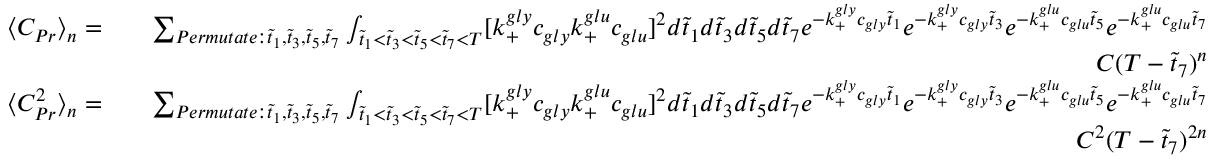
\begin{array} { r l r } { \langle C _ { P r } \rangle _ { n } = } & { } & { \sum _ { P e r m u t a t e : \tilde { t } _ { 1 } , \tilde { t } _ { 3 } , \tilde { t } _ { 5 } , \tilde { t } _ { 7 } } \int _ { \tilde { t } _ { 1 } < \tilde { t } _ { 3 } < \tilde { t } _ { 5 } < \tilde { t } _ { 7 } < T } [ k _ { + } ^ { g l y } c _ { g l y } k _ { + } ^ { g l u } c _ { g l u } ] ^ { 2 } d \tilde { t } _ { 1 } d \tilde { t } _ { 3 } d \tilde { t } _ { 5 } d \tilde { t } _ { 7 } e ^ { - k _ { + } ^ { g l y } c _ { g l y } \tilde { t } _ { 1 } } e ^ { - k _ { + } ^ { g l y } c _ { g l y } \tilde { t } _ { 3 } } e ^ { - k _ { + } ^ { g l u } c _ { g l u } \tilde { t } _ { 5 } } e ^ { - k _ { + } ^ { g l u } c _ { g l u } \tilde { t } _ { 7 } } } \\ & { } & { C ( T - \tilde { t } _ { 7 } ) ^ { n } } \\ { \langle C _ { P r } ^ { 2 } \rangle _ { n } = } & { } & { \sum _ { P e r m u t a t e : \tilde { t } _ { 1 } , \tilde { t } _ { 3 } , \tilde { t } _ { 5 } , \tilde { t } _ { 7 } } \int _ { \tilde { t } _ { 1 } < \tilde { t } _ { 3 } < \tilde { t } _ { 5 } < \tilde { t } _ { 7 } < T } [ k _ { + } ^ { g l y } c _ { g l y } k _ { + } ^ { g l u } c _ { g l u } ] ^ { 2 } d \tilde { t } _ { 1 } d \tilde { t } _ { 3 } d \tilde { t } _ { 5 } d \tilde { t } _ { 7 } e ^ { - k _ { + } ^ { g l y } c _ { g l y } \tilde { t } _ { 1 } } e ^ { - k _ { + } ^ { g l y } c _ { g l y } \tilde { t } _ { 3 } } e ^ { - k _ { + } ^ { g l u } c _ { g l u } \tilde { t } _ { 5 } } e ^ { - k _ { + } ^ { g l u } c _ { g l u } \tilde { t } _ { 7 } } } \\ & { } & { C ^ { 2 } ( T - \tilde { t } _ { 7 } ) ^ { 2 n } } \end{array}